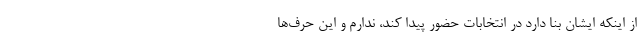
از اینکه ایشان بنا دارد در انتخابات حضور پیدا کند، ندارم و این حرف‌ها